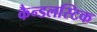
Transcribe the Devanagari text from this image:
कैन्डलस्टिक